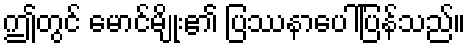
ဤတွင် မောင်မျိုး၏ ပြဿနာပေါ်ပြန်သည်။